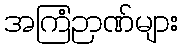
အကြံဉာဏ်များ